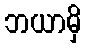
ဘယာမှိ